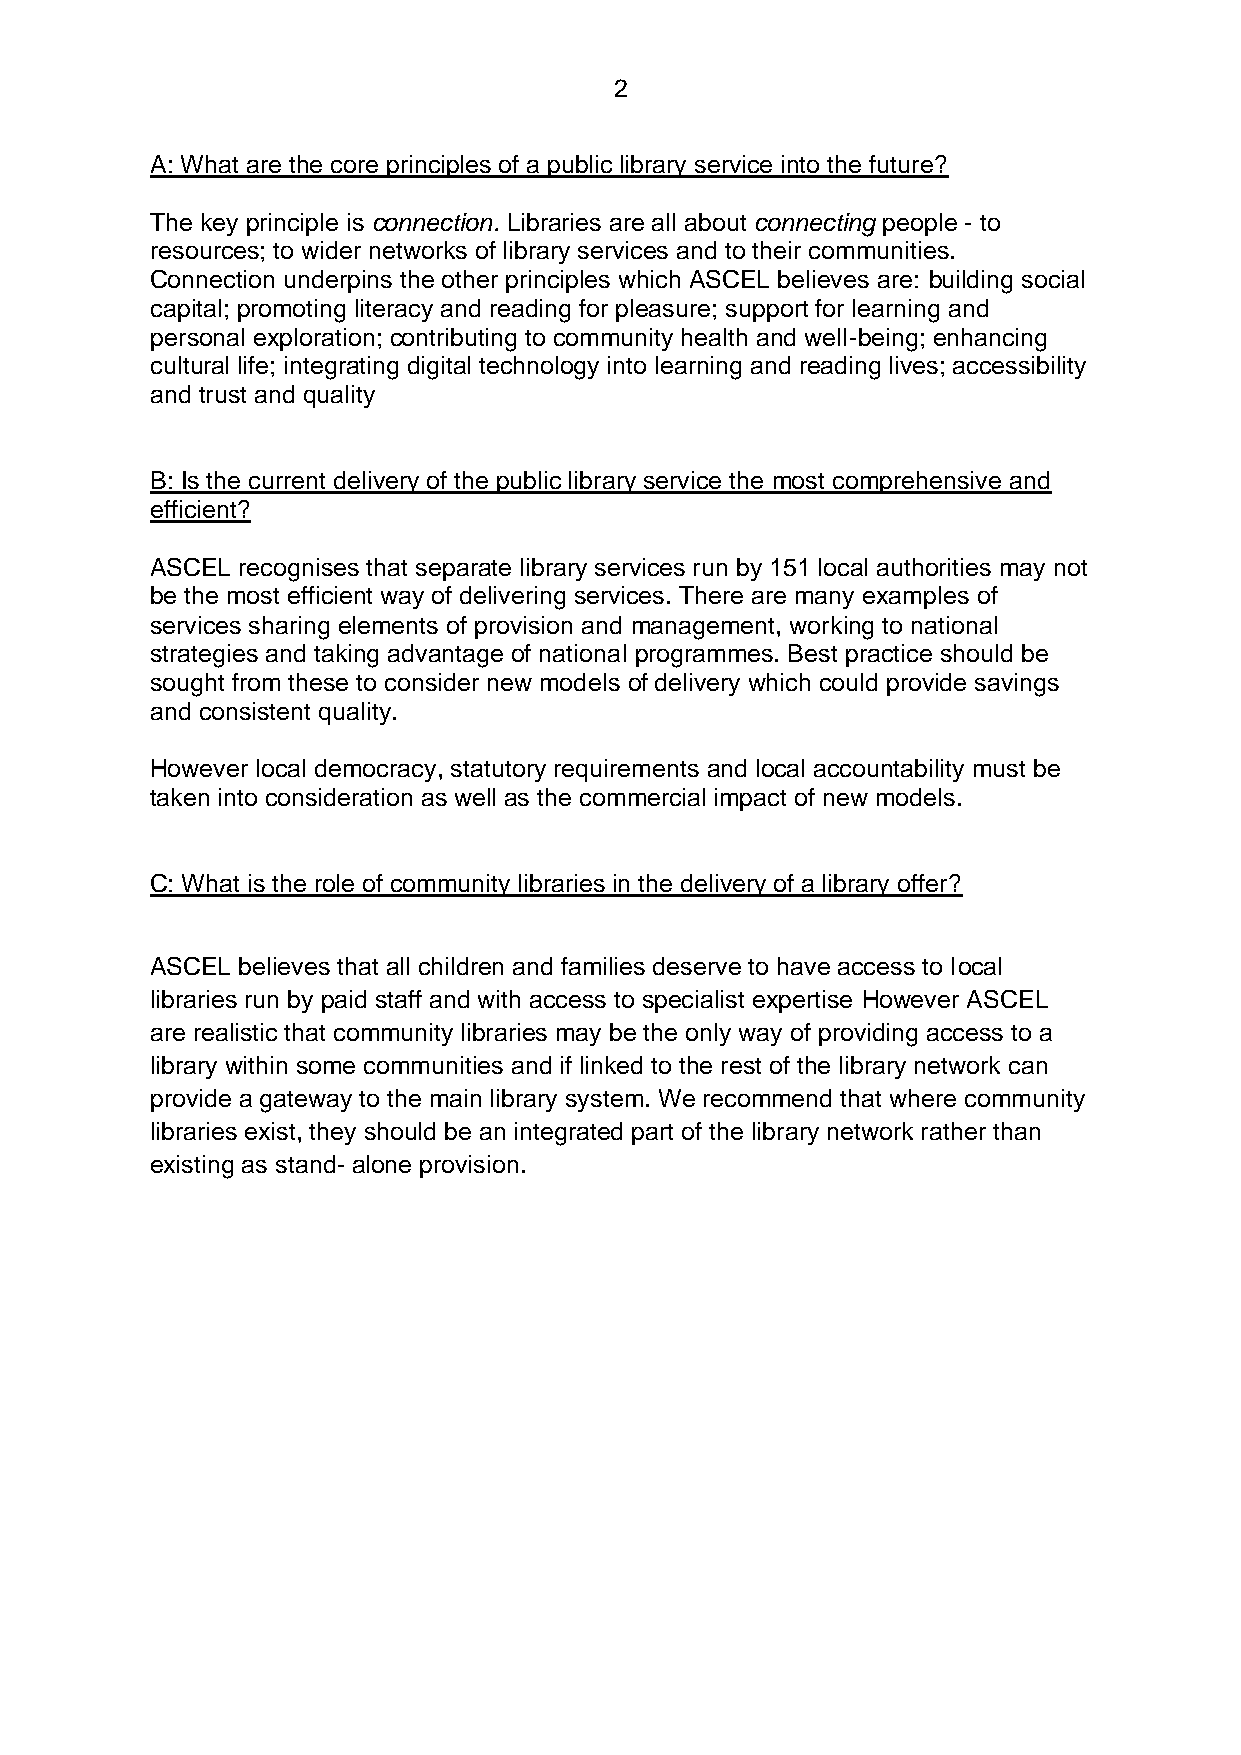
2
 A: What are the core principles of a public library service into the future?
 The key principle is connection. Libraries are all about connecting people - to
 resources; to wider networks of library services and to their communities.
 Connection underpins the other principles which ASCEL believes are: building social
 capital; promoting literacy and reading for pleasure; support for learning and
 personal exploration; contributing to community health and well-being; enhancing
 cultural life; integrating digital technology into learning and reading lives; accessibility
 and trust and quality
 B: Is the current delivery of the public library service the most comprehensive and
 efficient?
 ASCEL recognises that separate library services run by 151 local authorities may not
 be the most efficient way of delivering services. There are many examples of
 services sharing elements of provision and management, working to national
 strategies and taking advantage of national programmes. Best practice should be
 sought from these to consider new models of delivery which could provide savings
 and consistent quality.
 However local democracy, statutory requirements and local accountability must be
 taken into consideration as well as the commercial impact of new models.
 C: What is the role of community libraries in the delivery of a library offer?
 ASCEL believes that all children and families deserve to have access to local
 libraries run by paid staff and with access to specialist expertise However ASCEL
 are realistic that community libraries may be the only way of providing access to a
 library within some communities and if linked to the rest of the library network can
 provide a gateway to the main library system. We recommend that where community
 libraries exist, they should be an integrated part of the library network rather than
 existing as stand- alone provision.